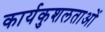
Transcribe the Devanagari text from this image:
कार्यकुशलताओं